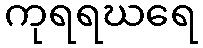
ကုရရဃရေ